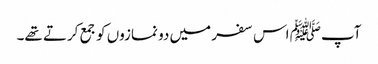
آپﷺ اس سفر میں دو نمازوں کو جمع کرتے تھے۔